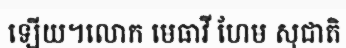
ឡើយ។លោក មេធាវី ហែម សុជាតិ